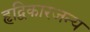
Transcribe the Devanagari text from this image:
हृद्विकारजन्य